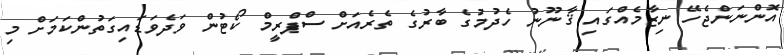
އޮންނަންޖެހޭ ނިޒާމެއްގައި ޤާނޫނު ހެދުމުގެ ބާރުގެ ތެރެއަށް ސްޕްރީމް ކޯޓުން ވަދެވަޑައިގަތުންކަމަށް މި